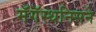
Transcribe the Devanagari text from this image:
मॅगॅस्थनिसने